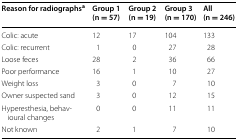
<table><thead><tr><td><b>Reason for radiographs<sup>a</sup></b></td><td><b>Group 1(n = 57)</b></td><td><b>Group 2(n = 19)</b></td><td><b>Group 3(n = 170)</b></td><td><b>All(n = 246)</b></td></tr></thead><tbody><tr><td>Colic: acute</td><td>12</td><td>17</td><td>104</td><td>133</td></tr><tr><td>Colic: recurrent</td><td>1</td><td>0</td><td>27</td><td>28</td></tr><tr><td>Loose feces</td><td>28</td><td>2</td><td>36</td><td>66</td></tr><tr><td>Poor performance</td><td>16</td><td>1</td><td>10</td><td>27</td></tr><tr><td>Weight loss</td><td>3</td><td>0</td><td>7</td><td>10</td></tr><tr><td>Owner suspected sand</td><td>3</td><td>0</td><td>12</td><td>15</td></tr><tr><td>Hyperesthesia, behavioural changes</td><td>0</td><td>0</td><td>11</td><td>11</td></tr><tr><td>Not known</td><td>2</td><td>1</td><td>7</td><td>10</td></tr></tbody></table>